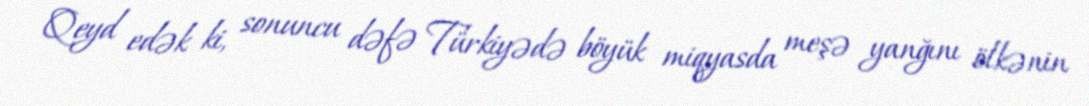
Qeyd edək ki, sonuncu dəfə Türkiyədə böyük miqyasda meşə yanğını ölkənin